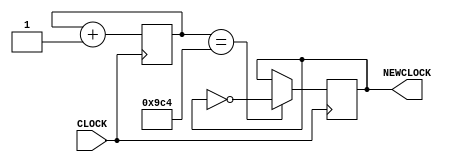
`timescale 1ns / 1ps
//////////////////////////////////////////////////////////////////////////////////
// Company: 
// Engineer: 
// 
// Design Name: 
// Module Name: clk20k
// Project Name: 
// Target Devices: 
// Tool Versions: 
// Description: 
// 
// Dependencies: 
// 
// Revision:
// Revision 0.01 - File Created
// Additional Comments:
// 
//////////////////////////////////////////////////////////////////////////////////


module clk20k(
    input CLOCK,
    output reg NEWCLOCK = 0
    );
    
    reg [11:0] COUNT = 12'b0;
    
    always @ (posedge CLOCK) begin
        COUNT <= COUNT + 1;
    if (COUNT == 12'b100111000100) begin
        NEWCLOCK <= ~NEWCLOCK;
    end
    end
      
endmodule